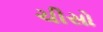
ચીસો